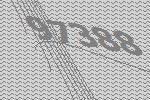
97388